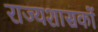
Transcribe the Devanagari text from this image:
राज्यशासकों